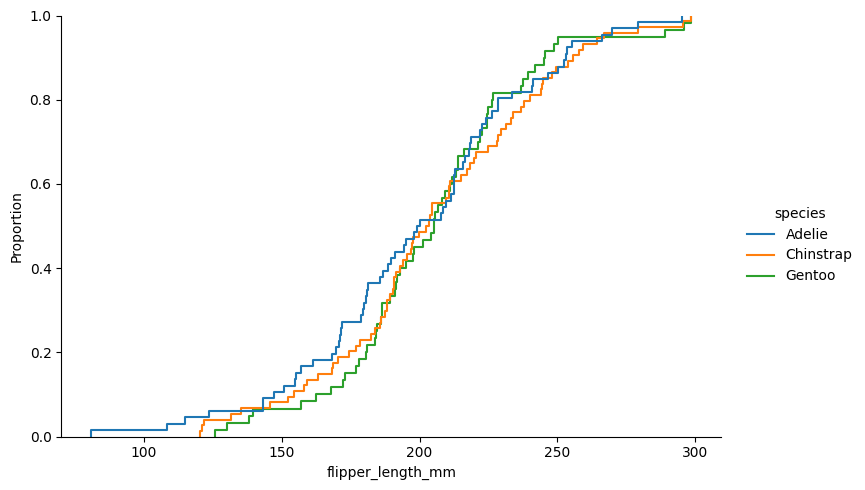
python, seaborn, displot, kind='ecdf', column='flipper_length_mm', hue='species', height=5, aspect=1.5